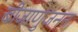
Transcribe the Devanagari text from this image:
बीजाणुजनन